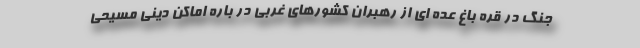
جنگ در قره باغ عده ای از رهبران کشورهای غربی در باره اماکن دینی مسیحی